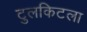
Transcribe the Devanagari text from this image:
टुलकिटला